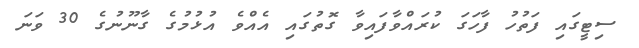
ސިޓީގައި ފަތުހު ފާހަގަ ކުރައްވާފައިވާ ގޮތުގައި އެއްވެ އުޅުމުގެ ގާނޫނުގެ 30 ވަނަ